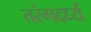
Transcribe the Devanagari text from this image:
तरंगदर्ध्य